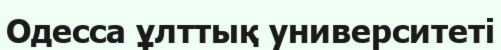
Одесса ұлттық университеті